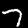
Label: 7